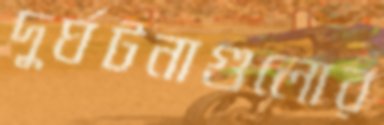
দুর্ঘটনাগুলোর